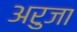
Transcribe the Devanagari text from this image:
अरुजा